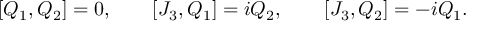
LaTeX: [ Q _ { 1 } , Q _ { 2 } ] = 0 , \qquad [ J _ { 3 } , Q _ { 1 } ] = i Q _ { 2 } , \qquad [ J _ { 3 } , Q _ { 2 } ] = - i Q _ { 1 } .